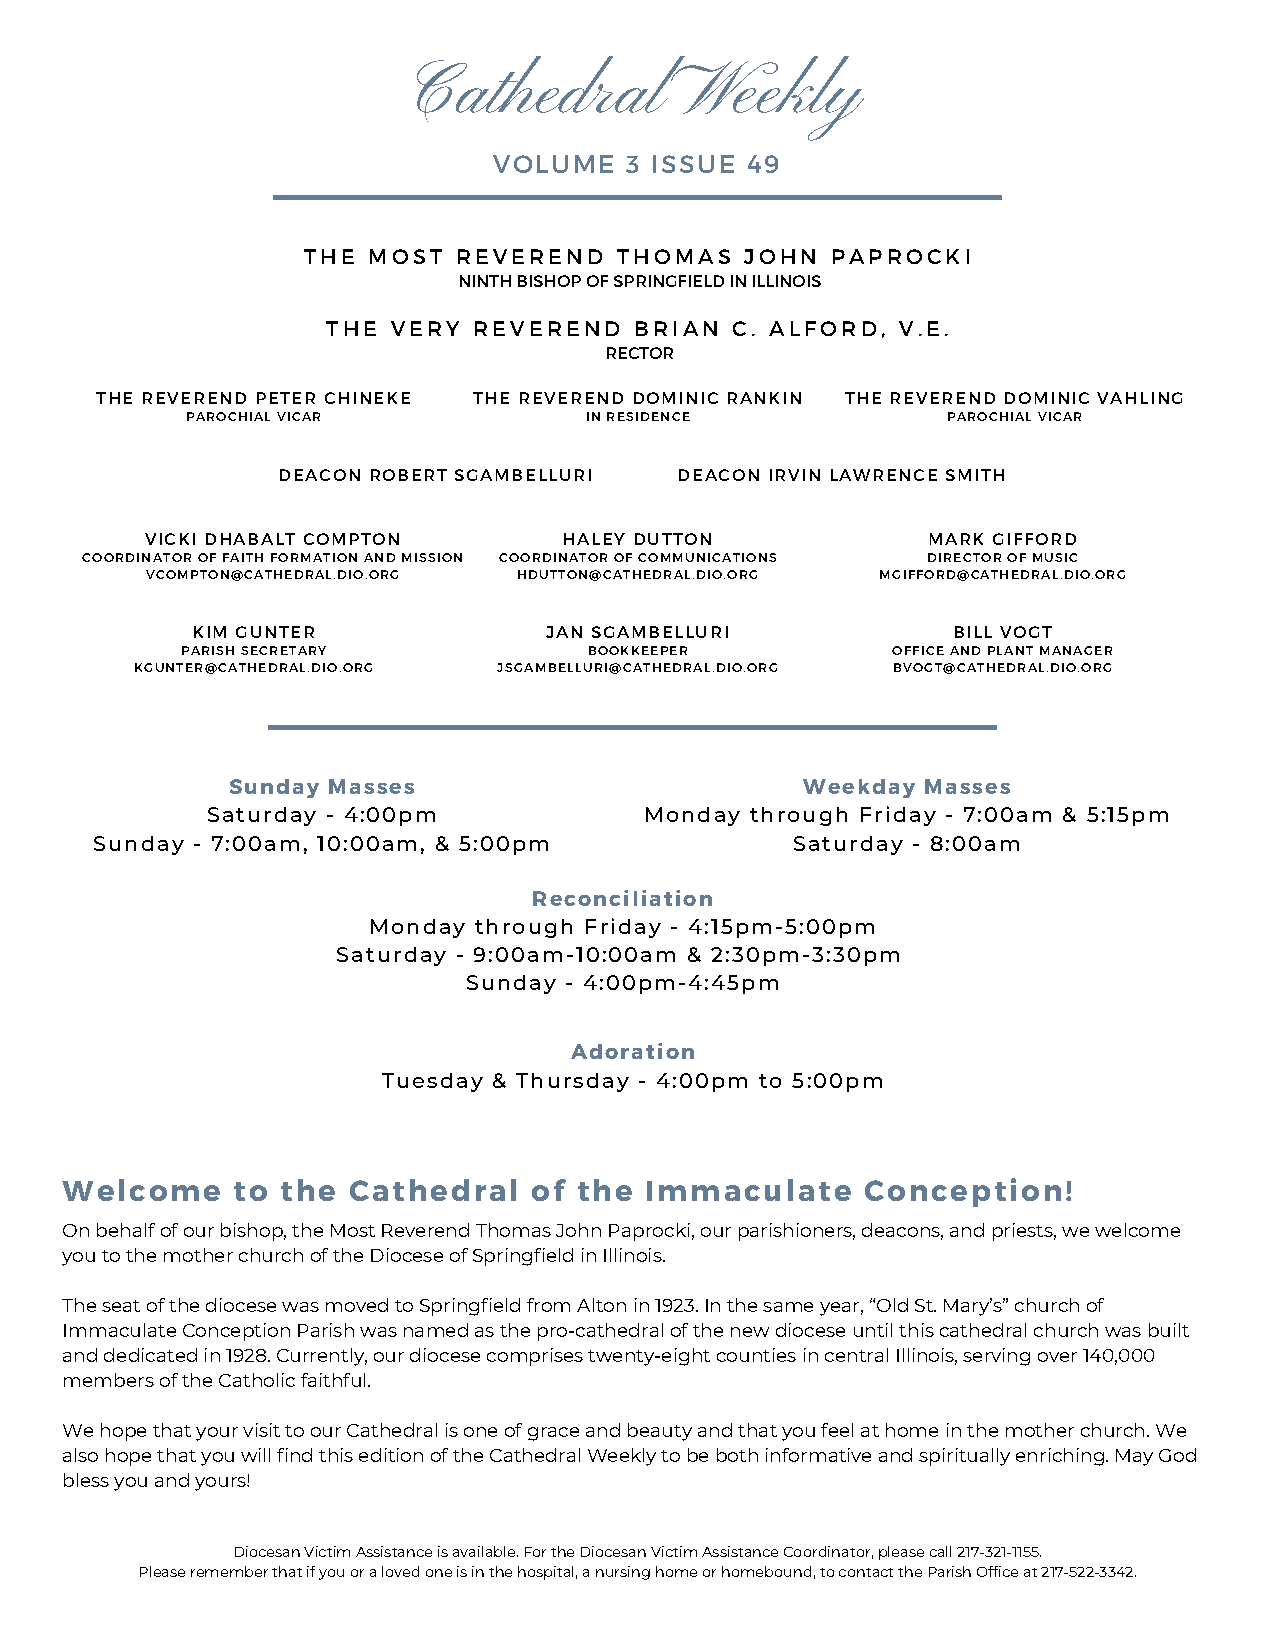
Cathedral          Weekly
 VOLUME  3 ISSUE 49
 THE MOST  REVEREND   THOMAS  JOHN  PAPROCKI
 NINTH BISHOP OF SPRINGFIELD IN ILLINOIS
 THE VERY REVEREND   BRIAN C. ALFORD,  V.E.
 RECTOR
 THE REVEREND PETER CHINEKE THE REVEREND DOMINIC RANKIN THE REVEREND DOMINIC VAHLING
 PAROCHIAL VICAR            IN RESIDENCE            PAROCHIAL VICAR
 DEACON ROBERT SGAMBELLURI  DEACON IRVIN LAWRENCE SMITH
 VICKI DHABALT COMPTON      HALEY DUTTON            MARK GIFFORD
 COORDINATOR OF FAITH FORMATION AND MISSION COORDINATOR OF COMMUNICATIONS DIRECTOR OF MUSIC
 VCOMPTON@CATHEDRAL.DIO.ORG HDUTTON@CATHEDRAL.DIO.ORG MGIFFORD@CATHEDRAL.DIO.ORG
 KIM GUNTER             JAN SGAMBELLURI            BILL VOGT
 PARISH SECRETARY           BOOKKEEPER          OFFICE AND PLANT MANAGER
 KGUNTER@CATHEDRAL.DIO.ORG JSGAMBELLURI@CATHEDRAL.DIO.ORG BVOGT@CATHEDRAL.DIO.ORG
 Sunday Masses                         Weekday Masses
 Saturday - 4:00pm            Monday through Friday - 7:00am & 5:15pm
 Sunday - 7:00am, 10:00am, & 5:00pm            Saturday - 8:00am
 Reconciliation
 Monday through Friday - 4:15pm-5:00pm
 Saturday - 9:00am-10:00am & 2:30pm-3:30pm
 Sunday - 4:00pm-4:45pm
 Adoration
 Tuesday & Thursday - 4:00pm to 5:00pm
 Welcome    to  the Cathedral   of the  Immaculate    Conception!
 On behalf of our bishop, the Most Reverend Thomas John Paprocki, our parishioners, deacons, and priests, we welcome
 you to the mother church of the Diocese of Springfield in Illinois.
 The seat of the diocese was moved to Springfield from Alton in 1923. In the same year, “Old St. Mary’s” church of
 Immaculate Conception Parish was named as the pro-cathedral of the new diocese until this cathedral church was built
 and dedicated in 1928. Currently, our diocese comprises twenty-eight counties in central Illinois, serving over 140,000
 members of the Catholic faithful.
 We hope that your visit to our Cathedral is one of grace and beauty and that you feel at home in the mother church. We
 also hope that you will find this edition of the Cathedral Weekly to be both informative and spiritually enriching. May God
 bless you and yours!
 Diocesan Victim Assistance is available. For the Diocesan Victim Assistance Coordinator, please call 217-321-1155.
 Please remember that if you or a loved one is in the hospital, a nursing home or homebound, to contact the Parish Office at 217-522-3342.